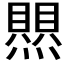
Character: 𤑄